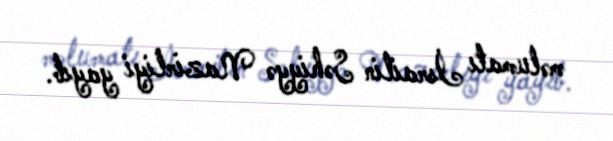
məlumatı İsrailin Səhiyyə Nazirliyi yayıb.